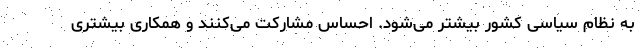
به نظام سیاسی کشور بیشتر می‌شود. احساس مشارکت می‌کنند و همکاری بیشتری